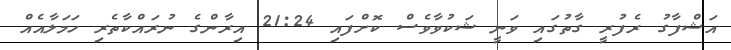
އަޝްފާގު ރެފުރީ ގާތުގައި ވަނީ ޝަކުވާވެސް ކޮށްފައި 21:24 އިރާންގެ ނުރައްކާތެރި ހަމަލާއެއް